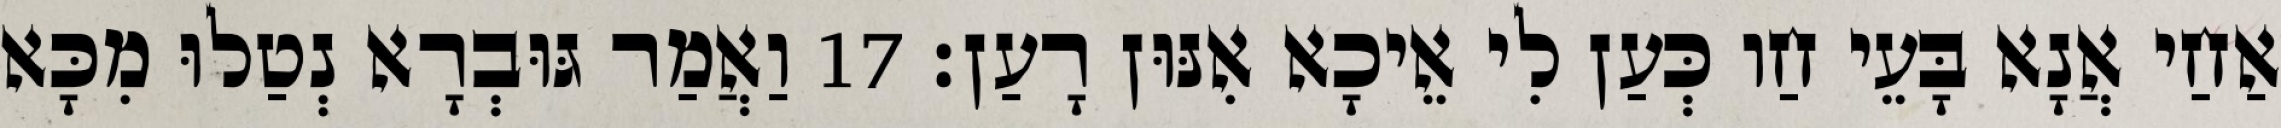
אַחַי אֲנָא בָּעֵי חַו כְּעַן לִי אֵיכָא אִנּוּן רָעַן׃ 17 וַאֲמַר גּוּבְרָא נְטַלוּ מִכָּא